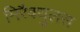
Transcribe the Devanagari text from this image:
मिरैक्युलस